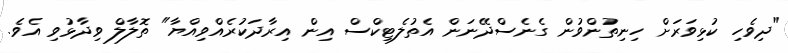
"ދިވެހި ކުޅިވަރަށް ހިނިތުންވުން ގެނެސްދޭނަން އެތުލެޓިކްސް އިން އިރާދަކުރެއްވިއްޔާ" ތޮލާލް ވިދާޅުވި އެވެ.